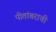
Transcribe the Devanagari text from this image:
पीतांबराची